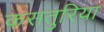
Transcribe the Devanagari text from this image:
कसतुरिया